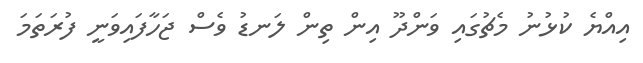
އިއްޔެ ކުޅުނު މެޗުގައި ވަންދޫ އިން ތިން ލަނޑު ވެސް ޖަހާފައިވަނީ ފުރަތަމަ